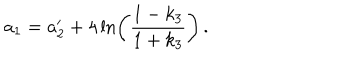
LaTeX: a _ { 1 } = a _ { 2 } ^ { \prime } + 4 \ln \left( \frac { 1 - k _ { 3 } } { 1 + k _ { 3 } } \right) \, .